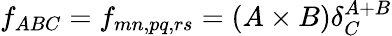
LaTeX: f_{ABC}=f_{mn,pq,rs}=(A\times B)\delta_{C}^{A+B}